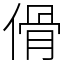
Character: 傦